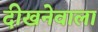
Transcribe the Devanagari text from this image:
दीखनेवाला